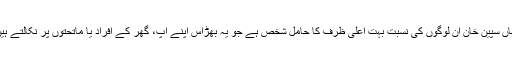
یہاں سپین خان ان لوگوں کی نسبت بہت اعلیٰ ظرف کا حامل شخص ہے جو یہ بھڑاس اپنے آپ، گھر کے افراد یا ماتحتوں پر نکالتے ہیں۔